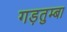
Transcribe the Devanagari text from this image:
गड़तुम्बा